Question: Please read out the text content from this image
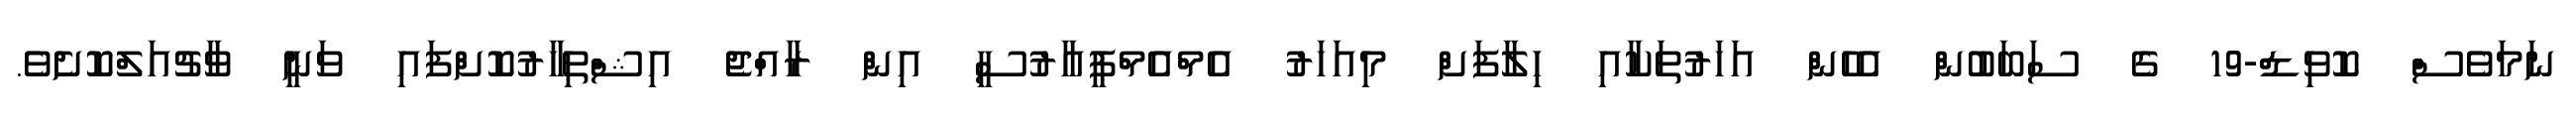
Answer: ނަމަވެސް ކޮވިޑް-19 ގެ ސަބަބުން އެހެން އަހަރުތަކާއި ހިލާފަށް މިއަހަރު އެމްއެމްޕީއާރުސީ އިން ރާއްޖެ އިޝްތިހާރުކޮށްފައި ވަނީ ވާޗުއަލްކޮށެވެ.